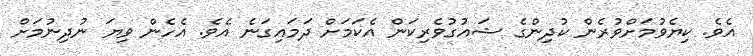
އެވެ. ކިޔެވުމަށްވުރެން ކުދިންގެ ޝައުގުވެރިކަން އެކަމަށް ދަމައިގަނެ އެވެ. އެހެން ވިޔަ ނުދިނުމަށް